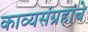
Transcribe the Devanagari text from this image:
काव्यसंग्रहांचे